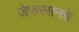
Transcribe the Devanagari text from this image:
जेफरसनचे